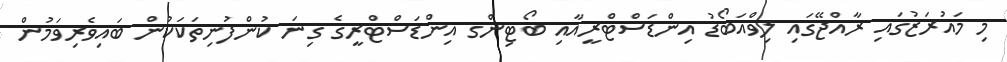
މި މައުރަޒުގައި ރާއްޖޭގައި ލިވްއަބޯޑު އިންޑަސްޓްރީއާއި ބޯޓިންގ އިންޑަސްޓްރީގެ ގިނަ ކުންފުނިތަކަކުން ބައިވެރިވަމުން